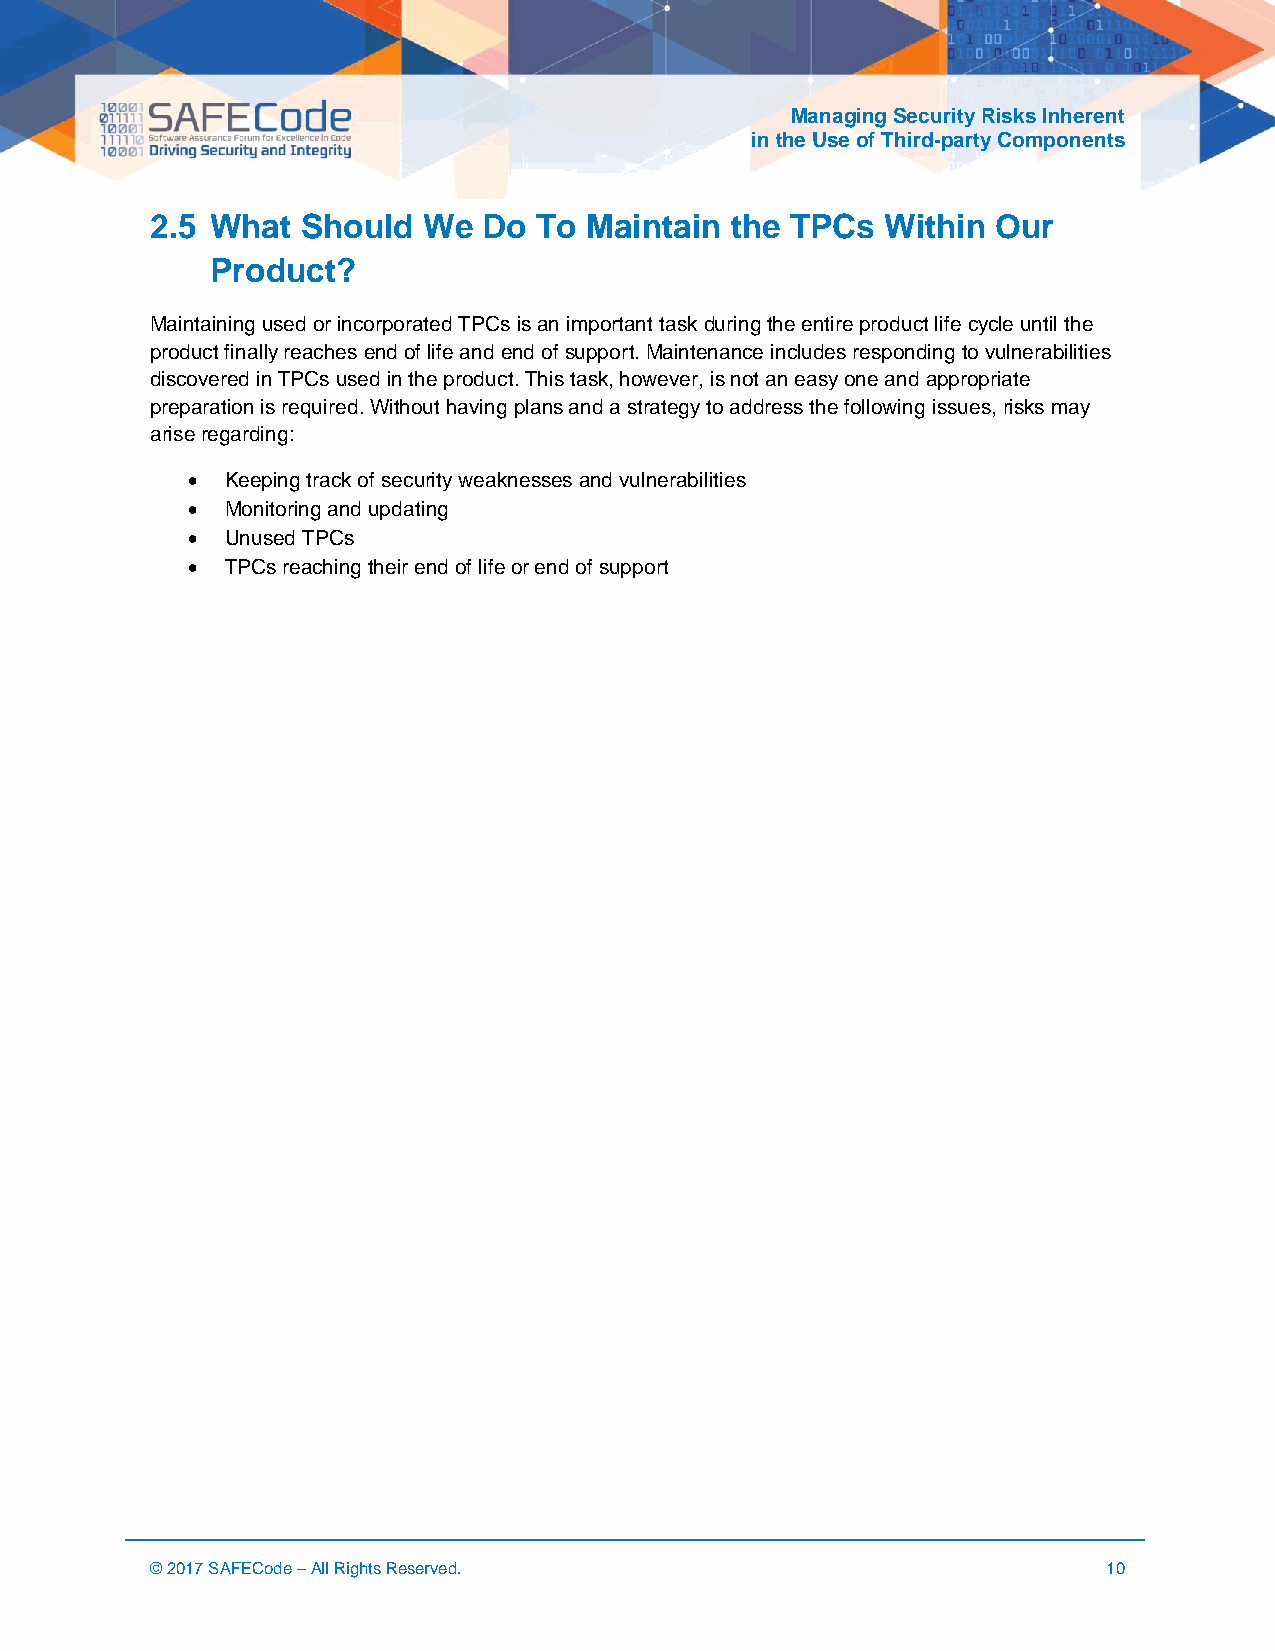
Managing Security Risks Inherent
 in the Use of Third-party Components
 2.5 What  Should  We  Do To  Maintain the TPCs   Within Our
 Product?
 Maintaining used or incorporated TPCs is an important task during the entire product life cycle until the
 product finally reaches end of life and end of support. Maintenance includes responding to vulnerabilities
 discovered in TPCs used in the product. This task, however, is not an easy one and appropriate
 preparation is required. Without having plans and a strategy to address the following issues, risks may
 arise regarding:
 •  Keeping track of security weaknesses and vulnerabilities
 •  Monitoring and updating
 •  Unused TPCs
 •  TPCs reaching their end of life or end of support
 © 2017 SAFECode – All Rights Reserved.                         10